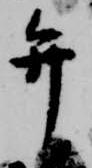
弁